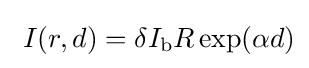
\ I(r,d)=\delta I_{\text{b}}R\exp(\alpha d)